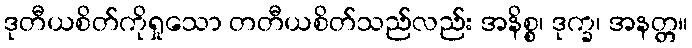
ဒုတီယစိတ်ကိုရှုသော တတီယစိတ်သည်လည်း အနိစ္စ၊ ဒုက္ခ၊ အနတ္တ။